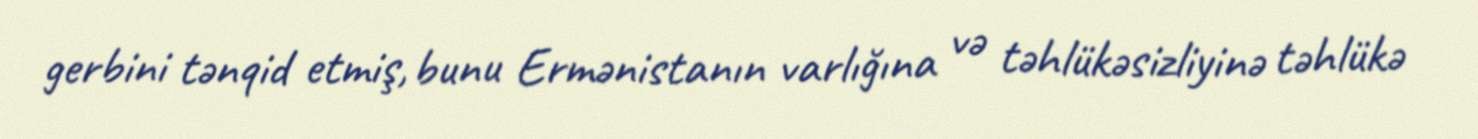
gerbini tənqid etmiş, bunu Ermənistanın varlığına və təhlükəsizliyinə təhlükə